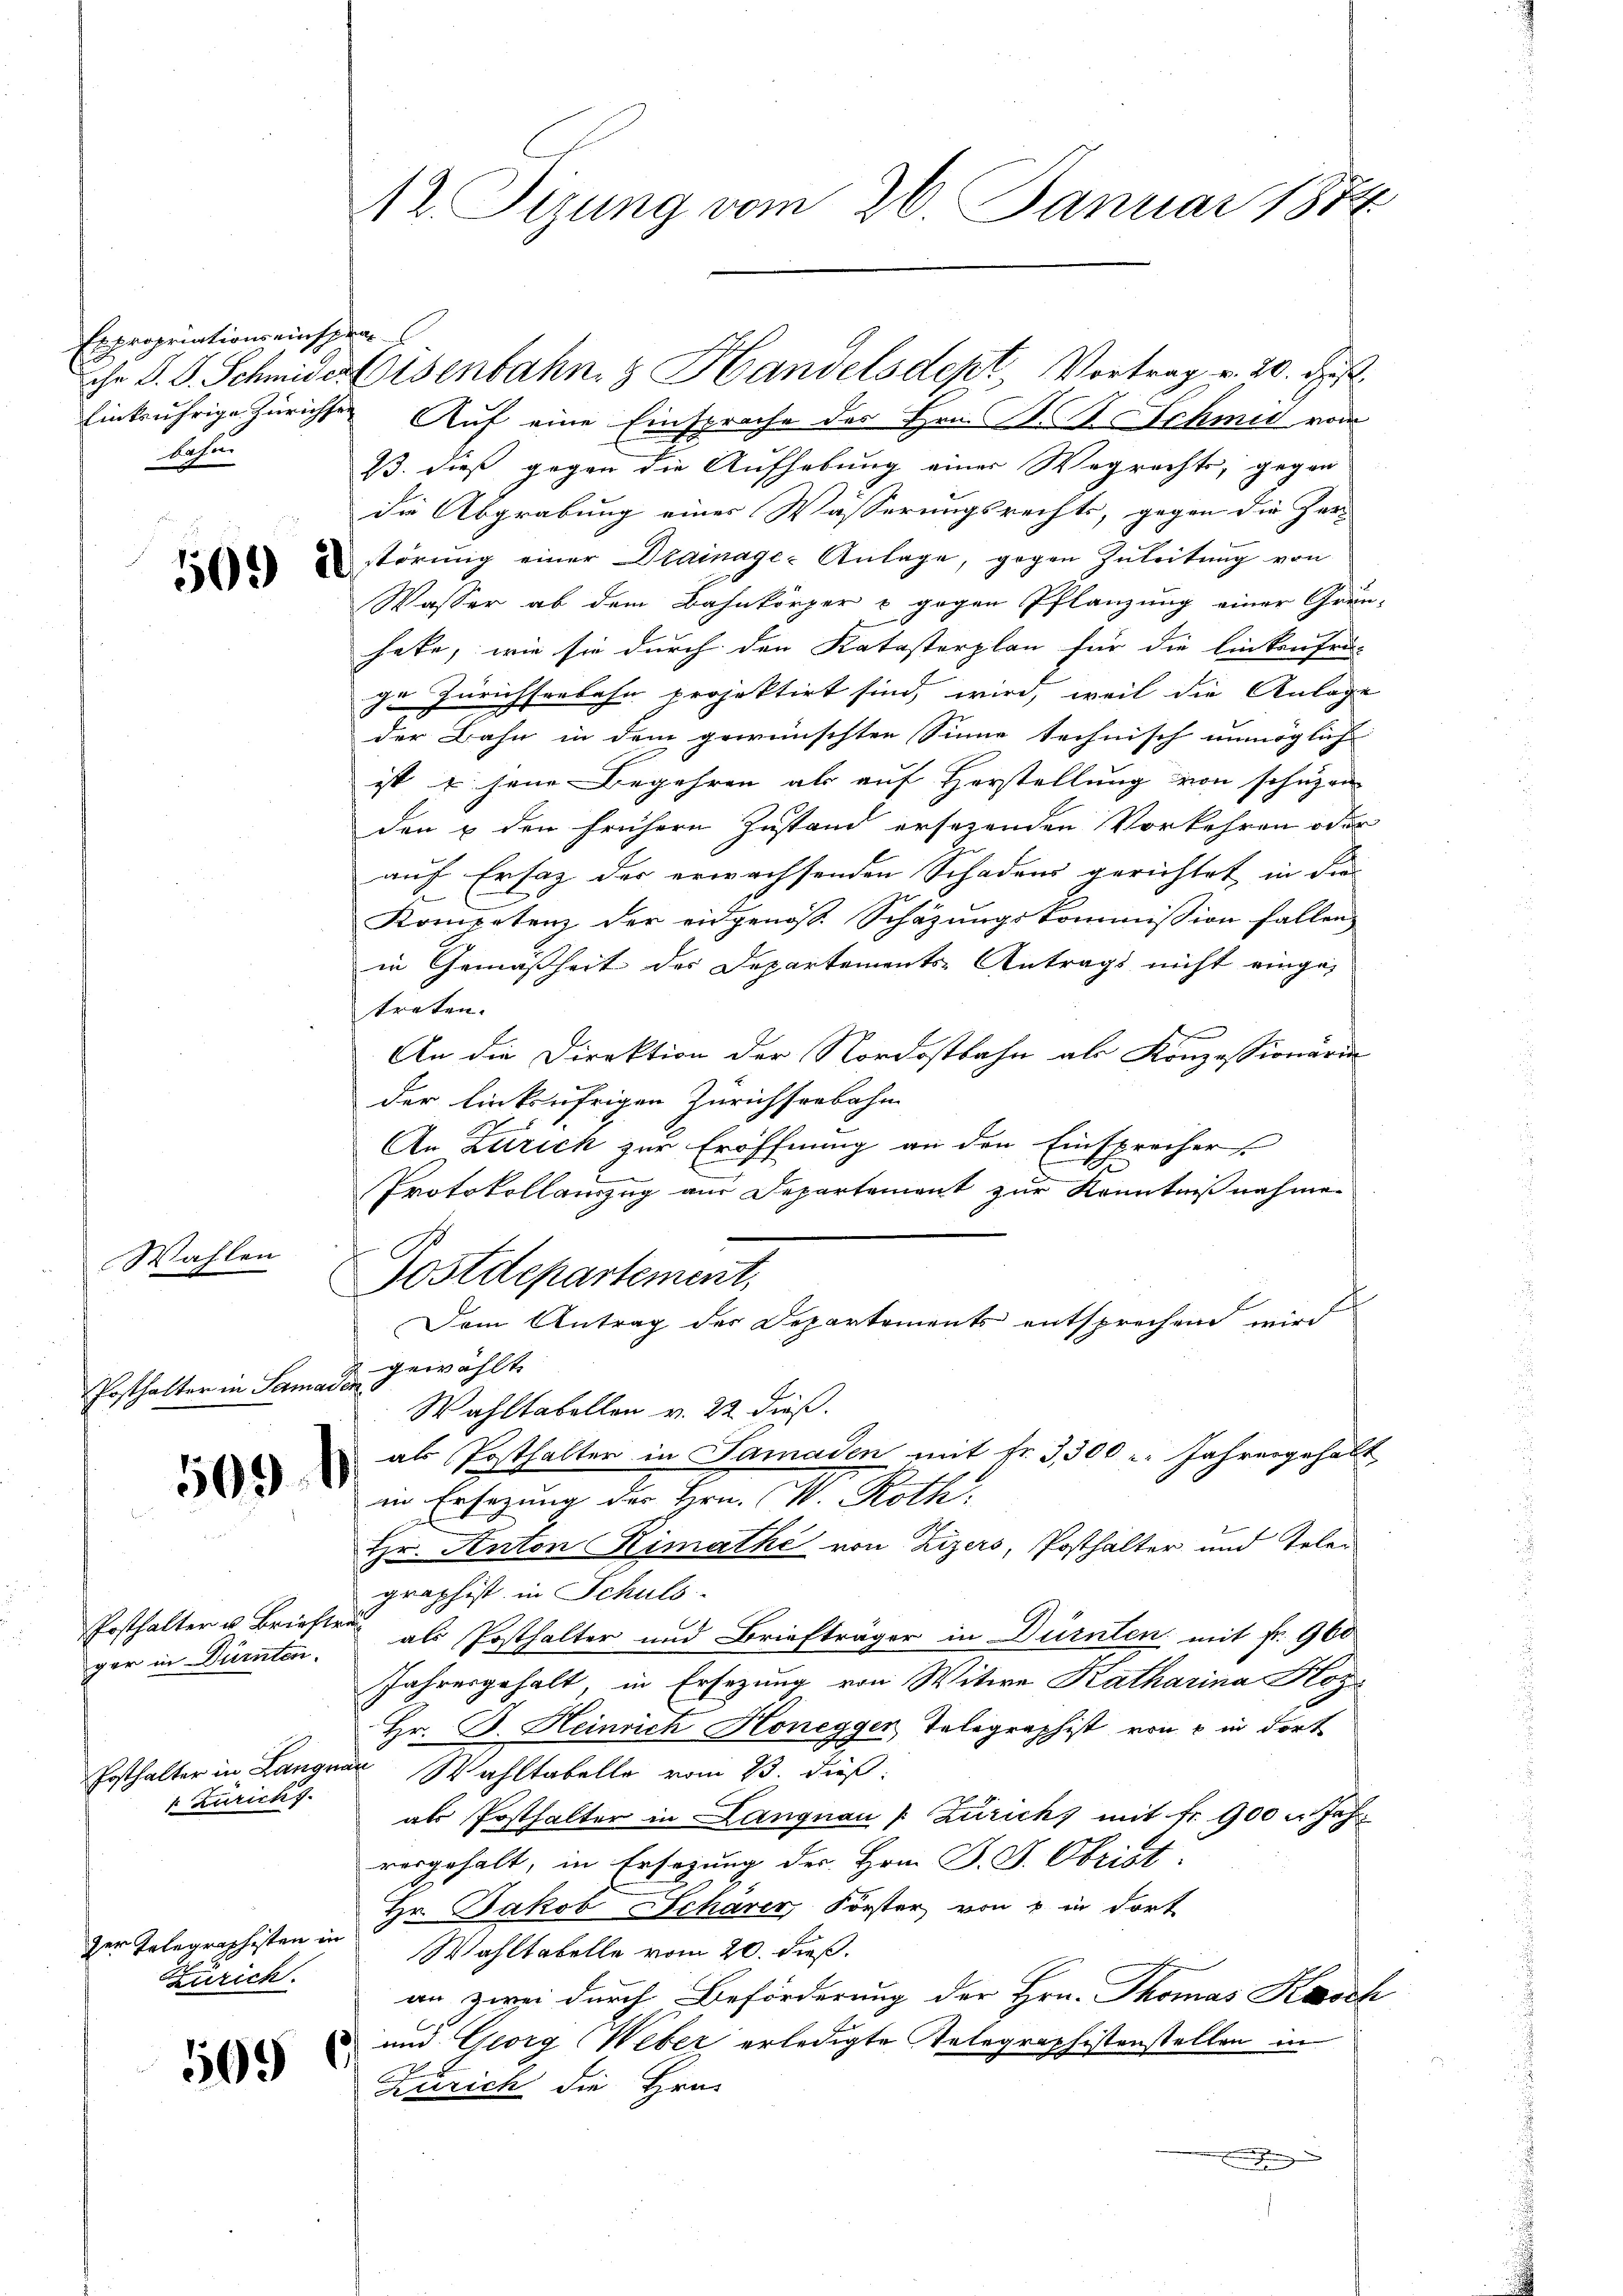
Expropriationseinsprabahn

Wahlen

Posthalter in Sama.

509. 1

ger in Dürnten.

Zuricht.

Zürich.

109

12 Tizung vom 26. Januar 1874

Einrührige Zürichten Auf eine Einsprache des Hrn. K. R. Schmid von
B. dieß gegen die Aufhebung einer Wegrechts, gegen
die Abgrabung eines Wässerungsrechts, gegen die Zer-
törŭng einer Drainage Anlage, gegen Zŭleitung von
Wasser ab dem Bahnkörper u gegen Pflanzung einer Grün-
habe, wie sie durch den Katasterplan für die linkenfra-
ge Zürichserbahn projektirt sind, wird, weil die Anlage
der Bahn in dem gewünschten Sinne technisch unmögliche
ist u jene Begehren als auf Herstellung von schuzen
den & den frühere Zustand ersezenden Vorkehren oder
auf Ersatz der erwachsenden Schadens gerichtet in die
Kompetenz der eidgenoss. Schazungskommission fallen
in Gemäßheit des Departements-Antrags nicht eingetreten.
An die Direktion der Nordostbahn als Konzessionärin
der linksufrigen Zürichseebahn
An Zürich zur Eröffnung an den Einsprecher
Protokollauszug am Departement zur Kenntnißnahme
Postdepartement,
.
Dem Antrag des Departements entsprechend wird
gewählt
a
Wahltabellen v. 22. dieß.
als Posthalter in Samaden mit fr. 3,300 : Jahresgehalt
in Ersezung des Hrn. V. Roth
Hr. Anton Limathe von Zizers, Posthalter und Telen
graphist in Schuls
Posthalter u Briefer als Posthalter und Briefträger in Dürnten mit Fr. 960
Jahresgehalt in Ersezung von Witwe Katharina Hoz
Hr. F. Heinrich Honegger, Telegraphist von 8 in dort
Ersthalter in Langnar Wahltabelle vom 23. dieß:
als Posthalter in Langnau " Zürich) mit fr. 900 u. Jah
vorgehalt, in Ersetzung des Hrn. P. F. Obrist.
Hr. Jakob Scharer, Forster, von u in dort
zer Telegraphisten in Wahltabelle vom 20. dieß.
an zwei durch Beförderung der Hrn. Thomas Kasch
und Georg Weber erledigte Telegraphistenstellen in
¬
Zürich die Hrn.
x

che S. S. Schmider Eisenbahn & Handelsdept. Vortrag v. 20. Just

g